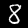
Digit: 8